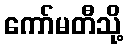
ကော်မတီသို့